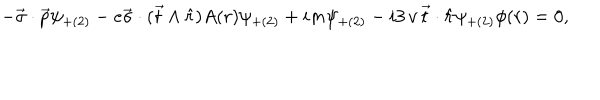
LaTeX: - \vec { \sigma } \cdot \vec { p } \psi _ { + ( 2 ) } - e \vec { \sigma } \cdot ( \vec { t } \wedge \hat { r } ) A ( r ) \psi _ { + ( 2 ) } + i m \psi _ { + ( 2 ) } - i 3 \, v \, \vec { t } \cdot \hat { r } \psi _ { + ( 2 ) } \phi ( r ) = 0 ,